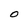
Character: 0